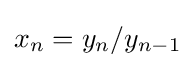
x_{n}=y_{n}/y_{n-1}